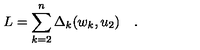
L = \sum _ { k = 2 } ^ { n } \Delta _ { k } ( w _ { k } , u _ { 2 } ) \quad .